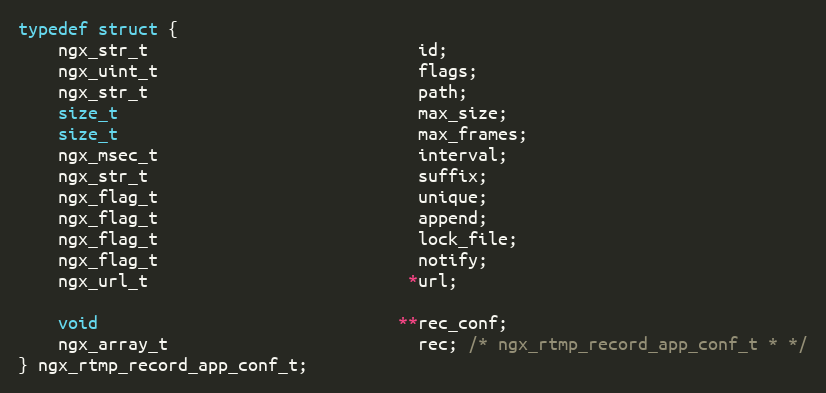
Language: C
typedef struct {
    ngx_str_t                           id;
    ngx_uint_t                          flags;
    ngx_str_t                           path;
    size_t                              max_size;
    size_t                              max_frames;
    ngx_msec_t                          interval;
    ngx_str_t                           suffix;
    ngx_flag_t                          unique;
    ngx_flag_t                          append;
    ngx_flag_t                          lock_file;
    ngx_flag_t                          notify;
    ngx_url_t                          *url;

    void                              **rec_conf;
    ngx_array_t                         rec; /* ngx_rtmp_record_app_conf_t * */
} ngx_rtmp_record_app_conf_t;